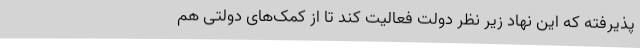
پذیرفته که این نهاد زیر نظر دولت فعالیت کند تا از کمک‌های دولتی هم